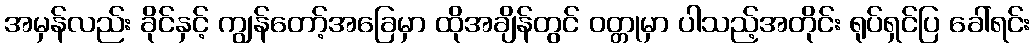
အမှန်လည်း ခိုင်နှင့် ကျွန်တော့်အခြေမှာ ထိုအချိန်တွင် ဝတ္တုမှာ ပါသည့်အတိုင်း ရုပ်ရှင်ပြ ခေါ်ရင်း